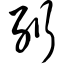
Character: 绗